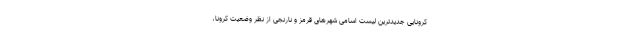
کرونایی جدیدترین لیست اسامی شهرهای قرمز و نارنجی از نظر وضعیت کرونا،